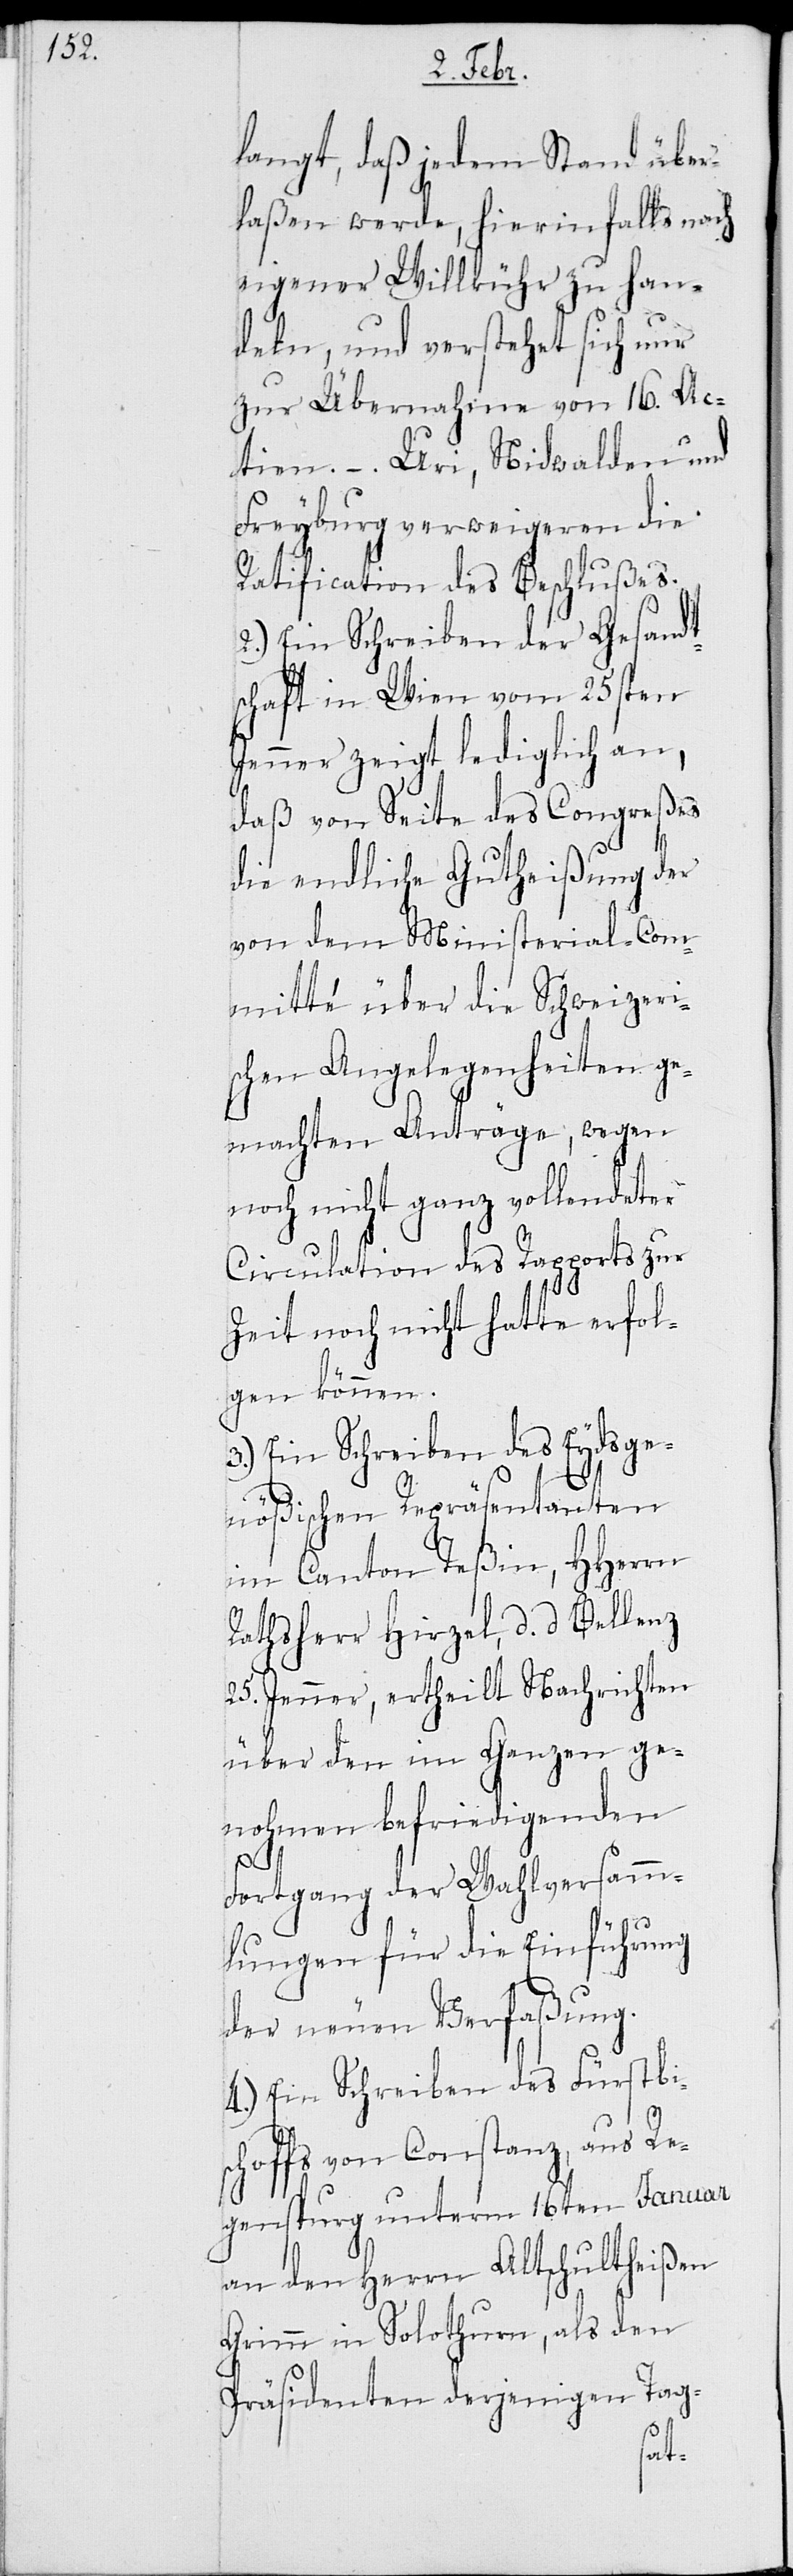
langt, daß jedem Stand über¬
laßen werde, hierinfalls nach
eigener Willkühr zu han¬
deln, und verstehet sich nur
zur Übernahme von 16. Ac¬
tien. – Uri, Niedwalden und
Freyburg verweigeren die
Ratification des Beschlußes.
2.) Ein Schreiben der Gesand¬
chaft in Wien vom 25sten
Jenner zeigt lediglich an,
daß von Seite des Congreßes
die endliche Gutheißung der
von dem Ministerial-Com¬
mitté über die Schweizeri¬
schen Angelegenheiten ge¬
machten Anträge, wegen
noch nicht ganz vollendeter
Circulation des Rapports zur
Zeit noch nicht hatte erfol¬
gen können.
3.) Ein Schreiben des Eydsge¬
nößischen Repräsentanten
im Canton Teßin, HHerrn
Rathsherr Hirzel, d. d. Bellenz
25. Jenner, ertheilt Nachrichten
über den im Ganzen ge¬
nohmen befriedigenden
Fortgang der Wahlversamm¬
lungen für die Einführung
der neuen Verfaßung.
4.) Ein Schreiben des Fürstbis¬
choffs von Constanz, aus Re¬
genspurg unterm 16ten Januar
an den Herrn Altschultheißen
Grimm in Solothurn, als den
Präsidenten derjenigen Tag-
ts¬